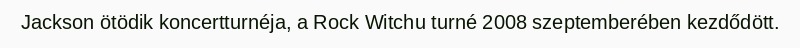
Jackson ötödik koncertturnéja, a Rock Witchu turné 2008 szeptemberében kezdődött.